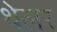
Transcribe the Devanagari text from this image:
थेलर